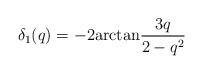
LaTeX: \begin{align*}\delta_1 (q)=-2{\rm arctan}\frac{3q}{2-q^2}\end{align*}